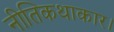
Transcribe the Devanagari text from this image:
नीतिकथाकार।